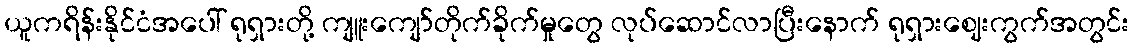
ယူကရိန်းနိုင်ငံအပေါ် ရုရှားတို့ ကျူးကျော်တိုက်ခိုက်မှုတွေ လုပ်ဆောင်လာပြီးနောက် ရုရှားဈေးကွက်အတွင်း